Indian journal of veterinary science and animal husbandry - Volume 2,
Year: 1932
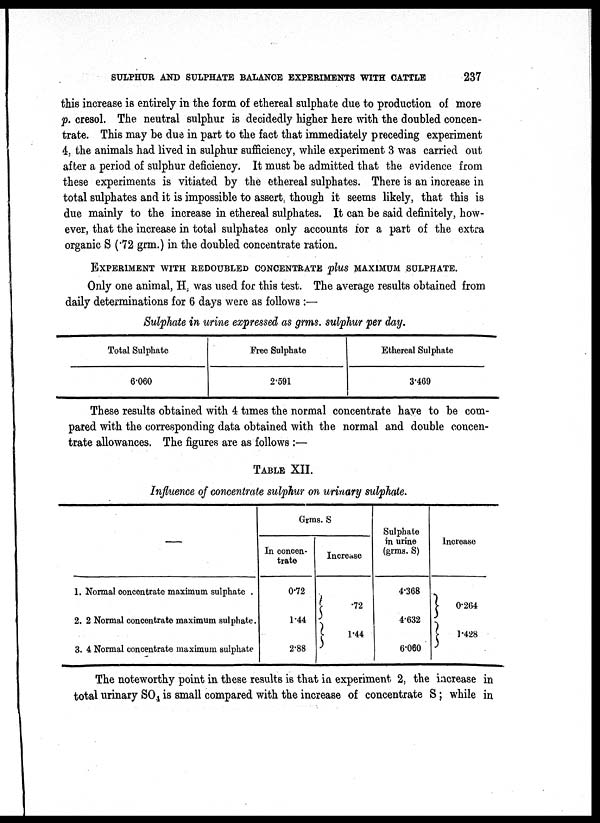
SULPHUR AND SULPHATE BALANCE EXPERIMENTS WITH
CATTLE
237
this increase is entirely in the form of ethereal sulphate due to production of more
p. cresol. The neutral sulphur is decidedly higher here with the doubled concen-
trate. This may be due in part to the fact that immediately preceding experiment
4, the animals had lived in sulphur sufficiency, while experiment 3 was carried out
after a period of sulphur deficiency. It must be admitted that the evidence from
these experiments is vitiated by the ethereal sulphates. There is an increase in
total sulphates and it is impossible to assert, though it seems likely, that this is
due mainly to the increase in ethereal sulphates. It can be said definitely, how-
ever, that the increase in total sulphates only accounts for a part of the extra
organic S (.72 grm.) in the doubled concentrate ration.
EXPERIMENT WITH REDOUBLED CONCENTRATE plus MAXIMUM SULPHATE.
Only one animal, H, was used for this test. The average results obtained from
daily determinations for 6 days were as follows :—
Sulphate in urine expressed as grms. sulphur per day.
Total Sulphate
6.060
Free Sulphate
2.591
Ethereal Sulphate
3.469
These results obtained with 4 times the normal concentrate have to be com-
pared with the corresponding data obtained with the normal and double concen-
trate allowances. The figures are as follows :—
TABLE XII.
Influence of concentrate sulphur on urinary sulphate.
—
1. Normal concentrate maximum sulphate .
2. 2 Normal concentrate maximum sulphate.
3. 4 Normal concentrate maximum sulphate
Grms. S
In concen-
trate
0.72
1.44
2.88
Increase
.72
1.44
Sulphate
in urine
(grms. S)
4.368
4.632
6.060
Increase
0.264
1.428
The noteworthy point in these results is that in experiment 2, the increase in
total urinary SO 4 is small compared with the increase of concentrate S ; while in